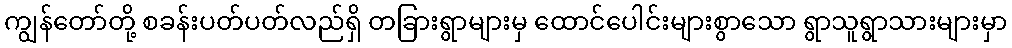
ကျွန်တော်တို့ စခန်းပတ်ပတ်လည်ရှိ တခြားရွာများမှ ထောင်ပေါင်းများစွာသော ရွာသူရွာသားများမှာ